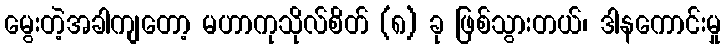
မွေးတဲ့အခါကျတော့ မဟာကုသိုလ်စိတ် (၈) ခု ဖြစ်သွားတယ်၊ ဒါနကောင်းမှု